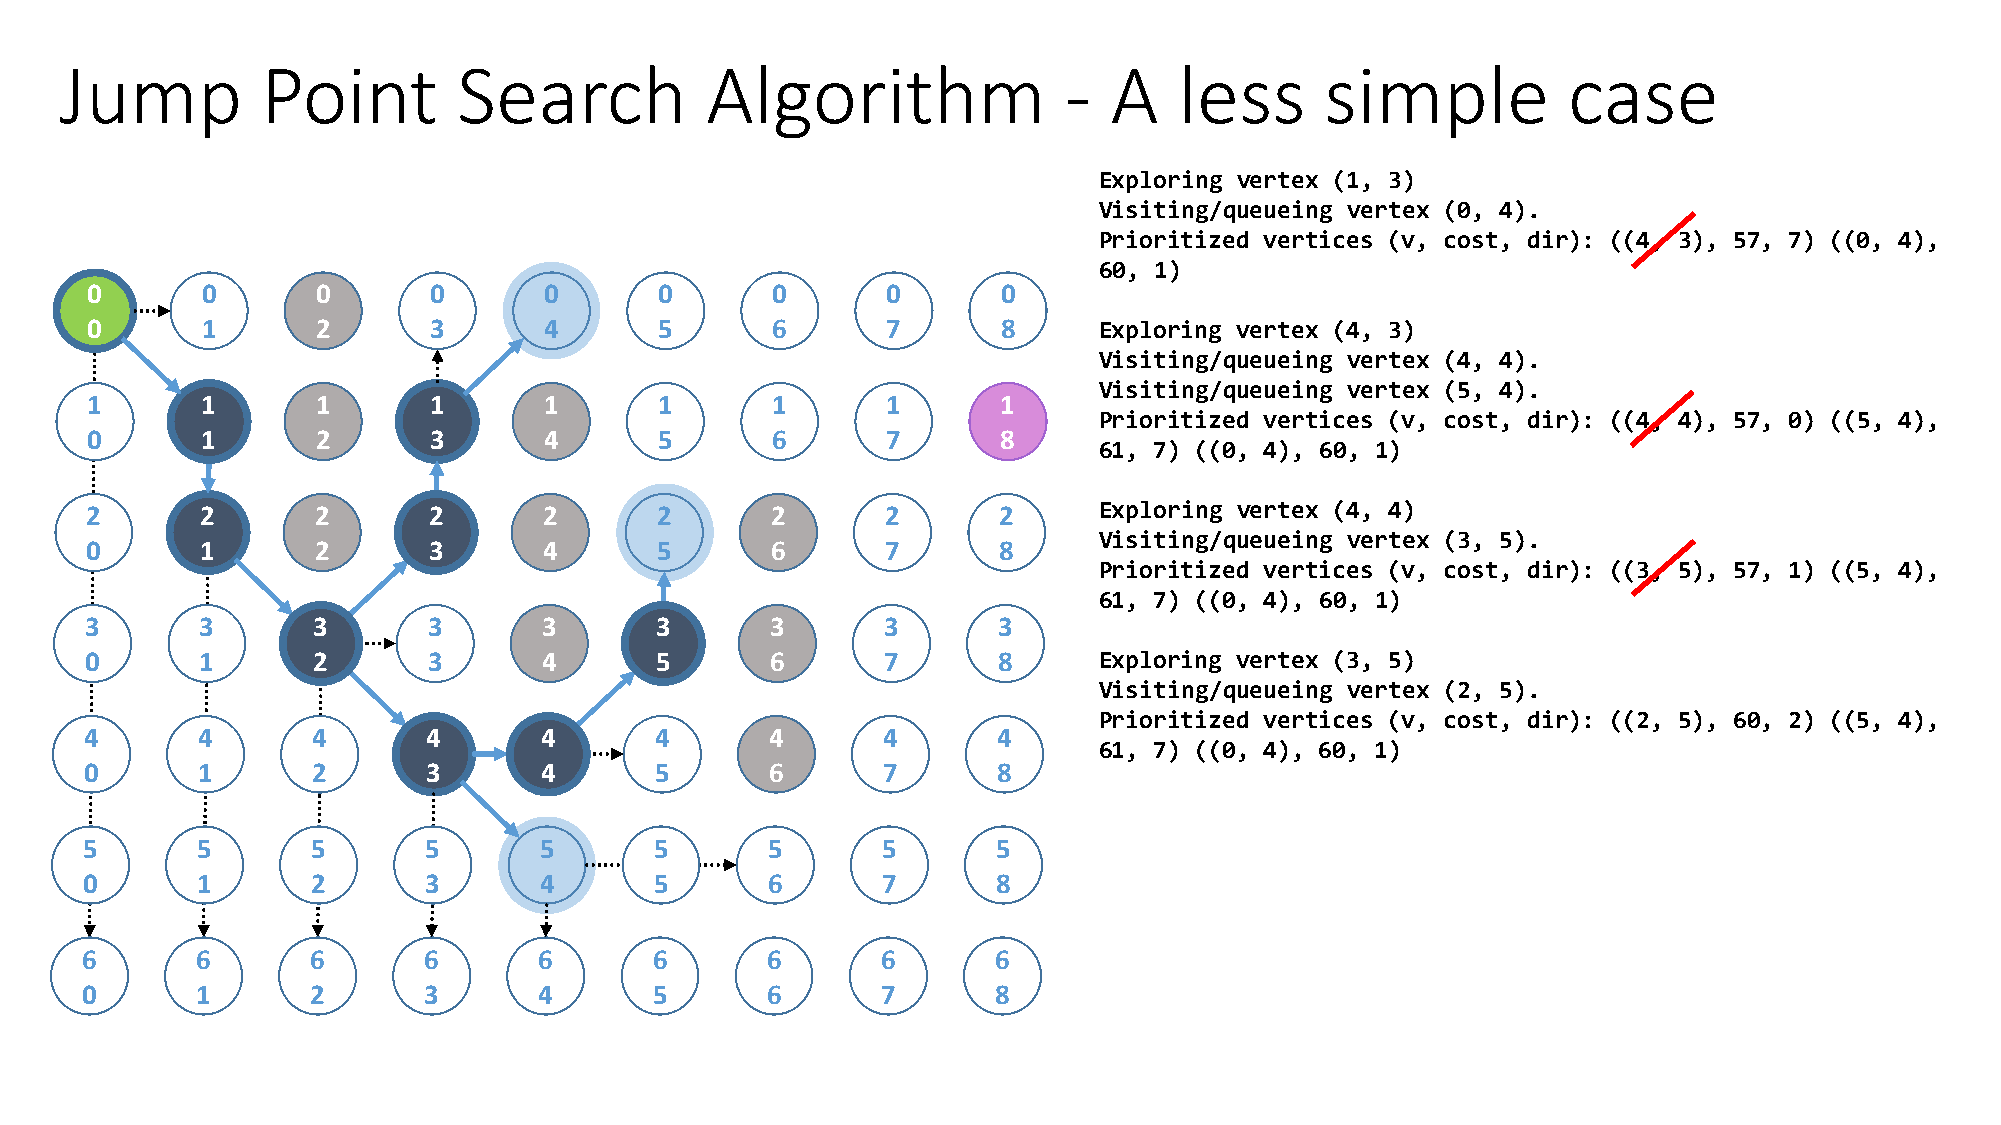
Jump         Point        Search           Algorithm              -  A    less      simple          case
 Exploring vertex (1, 3)
 Visiting/queueing vertex (0, 4).
 Prioritized vertices (v, cost, dir): ((4, 3), 57, 7) ((0, 4),
 60, 1)
 0      0       0      0       0       0      0       0      0
 0      1       2      3       4       5      6       7      8      Exploring vertex (4, 3)
 Visiting/queueing vertex (4, 4).
 Visiting/queueing vertex (5, 4).
 1      1       1      1       1       1      1       1      1
 Prioritized vertices (v, cost, dir): ((4, 4), 57, 0) ((5, 4),
 0      1       2      3       4       5      6       7      8
 61, 7) ((0, 4), 60, 1)
 2      2       2      2       2      2       2       2      2      Exploring vertex (4, 4)
 Visiting/queueing vertex (3, 5).
 0      1       2      3       4      5       6       7      8
 Prioritized vertices (v, cost, dir): ((3, 5), 57, 1) ((5, 4),
 61, 7) ((0, 4), 60, 1)
 3      3       3      3       3      3       3       3      3
 0      1       2      3       4      5       6       7      8      Exploring vertex (3, 5)
 Visiting/queueing vertex (2, 5).
 Prioritized vertices (v, cost, dir): ((2, 5), 60, 2) ((5, 4),
 4      4       4      4       4      4       4      4       4
 61, 7) ((0, 4), 60, 1)
 0      1       2      3       4      5       6      7       8
 5       5       5      5       5      5       5      5       5
 0       1       2      3       4      5       6      7       8
 6       6       6      6       6      6       6      6       6
 0       1       2      3       4      5       6      7       8